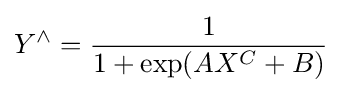
Y^{\wedge }={\frac {1}{1+\exp(AX^{C}+B)}}